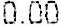
0.00